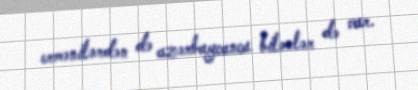
ermənilərdən də azərbaycanca bilənlər də var.